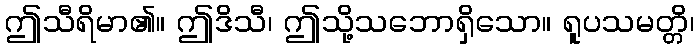
ဤသီရိမာ၏။ ဤဒိသီ၊ ဤသို့သဘောရှိသော။ ရူပသမတ္တိ၊